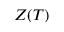
Z ( T )